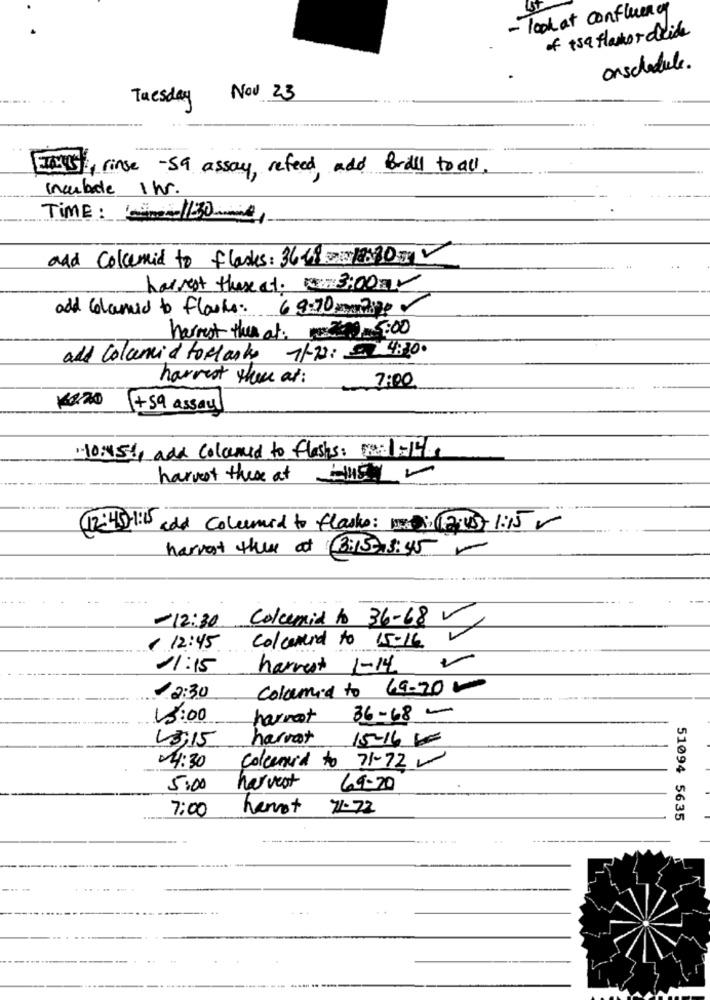
- look at confluency
of +59 Hanot decide
onschedule.
Tuesday Nov 23
Taxis, rinse -Sa assay, refeed add Brill to all
Incubate 1Nr.
TIME: -- 1130g
and Collemid to flasks: 36.68 18.30
harvest these at .: 3:00
add colaneed to flaske: 69.70 mmx 7898 0
harrest ther at: re: 2.0 5:00
add Colonia toelasks 7/22: 48300
harvest there at:
7:00
#x20
+ 59 assaul
10:454, add Coloured to flashs: 50-1-15/19
harvest these at Bus
12:45 -1:15 cold Colemed to flaske: : 7:45-1:15
harvest the at (3:15-3:45 -
-12:30 Colcumin to 36-68 V
Coloneed to 15-16
€12:45
11:15
harvest 1-14
Colamed to 69-200
2:30
13:00
harnot
36-68 -
L3:15
harvat
15-16 60
14:30
Colleneed to 71-72-
5:00
harvest
69-20
7:00
hervot
71.72
51094 5635